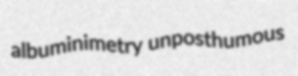
albuminimetry unposthumous